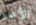
الأمر